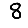
Digit: 8